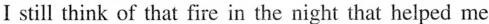
I still think of tha fre in the night that helped me